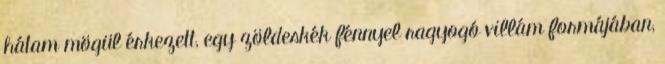
hátam mögül érkezett, egy zöldeskék fénnyel ragyogó villám formájában,